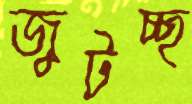
জুটচ্ছ